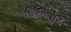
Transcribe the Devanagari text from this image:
प्रव्रफमण